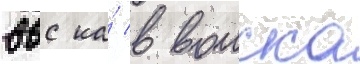
ввс ка́ в воиска